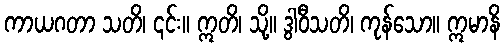
ကာယဂတာ သတိ၊ ၎င်း။ ဣတိ၊ သို့။ ဒွါဝီသတိ၊ ကုန်သော။ ဣမာနိ